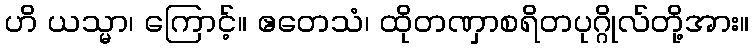
ဟိ ယသ္မာ၊ ကြောင့်။ ဧတေသံ၊ ထိုတဏှာစရိတပုဂ္ဂိုလ်တို့အား။